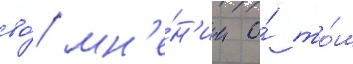
во́ мн'е́н'ии о́ то́м